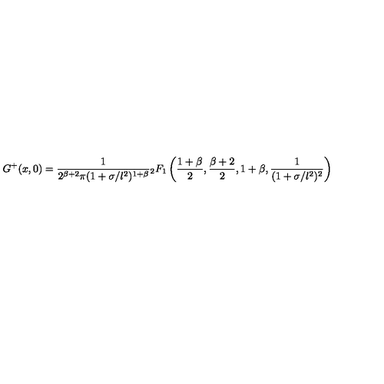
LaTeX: G ^ { + } ( x , 0 ) = \frac { 1 } { 2 ^ { \beta + 2 } \pi ( 1 + \sigma / l ^ { 2 } ) ^ { 1 + \beta } } { } _ { 2 } F _ { 1 } \left( \frac { 1 + \beta } { 2 } , \frac { \beta + 2 } { 2 } , 1 + \beta , \frac { 1 } { ( 1 + \sigma / l ^ { 2 } ) ^ { 2 } } \right)